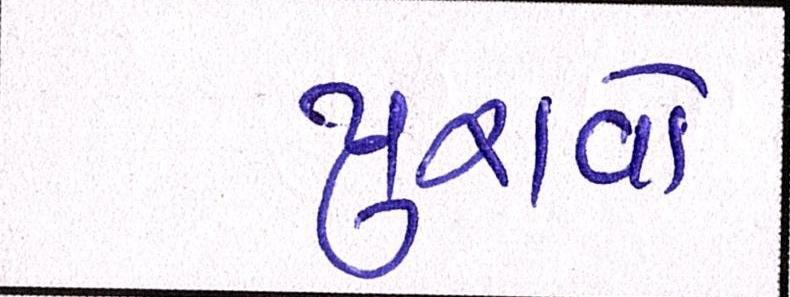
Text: પુરાવો